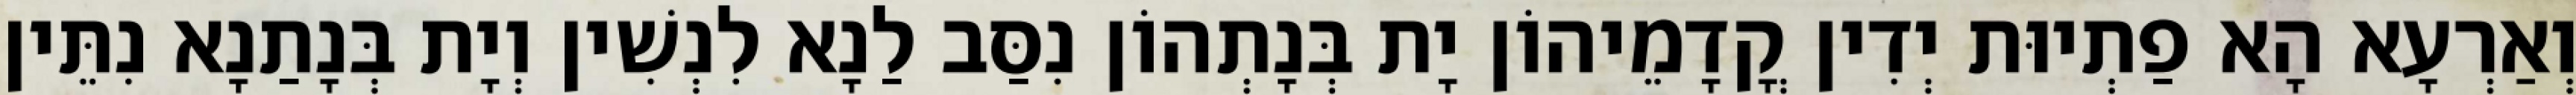
וְאַרְעָא הָא פַתְיוּת יְדִין קֳדָמֵיהוֹן יָת בְּנָתְהוֹן נִסַּב לַנָא לִנְשִׁין וְיָת בְּנָתַנָא נִתֵּין